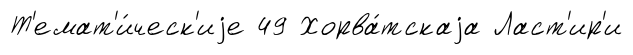
Т'емат'и́ческ'иjе 49 Хорва́тскаjа Ласт'ир'и